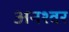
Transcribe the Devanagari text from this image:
अनश्‍वर